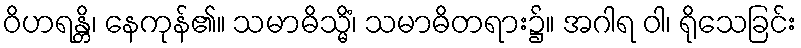
ဝိဟရန္တိ၊ နေကုန်၏။ သမာဓိသ္မိံ၊ သမာဓိတရား၌။ အဂါရ ဝါ၊ ရိုသေခြင်း